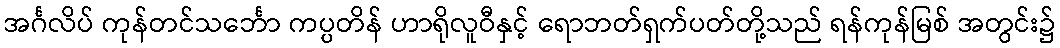
အင်္ဂလိပ် ကုန်တင်သင်္ဘော ကပ္ပတိန် ဟာရိုလူဝီနှင့် ရောဘတ်ရှက်ပတ်တို့သည် ရန်ကုန်မြစ် အတွင်း၌